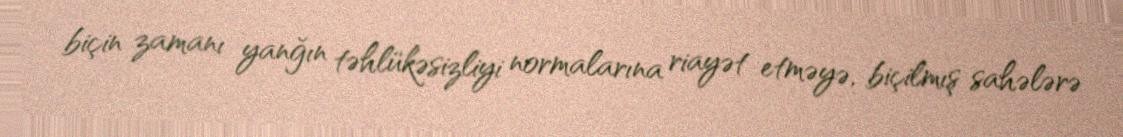
biçin zamanı yanğın təhlükəsizliyi normalarına riayət etməyə, biçilmış sahələrə